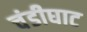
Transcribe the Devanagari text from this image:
चंडीघाट